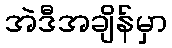
အဲဒီအချိန်မှာ